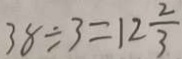
3 8 \div 3 = 1 2 \frac { 2 } { 3 }